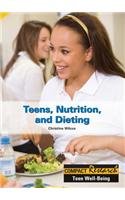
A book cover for Teens, Nutrition, and Dieting (Compact Research: Teen Well-Being); Christine Wilcox; Health, Fitness & Dieting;